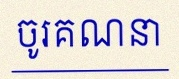
ចូរគណនា